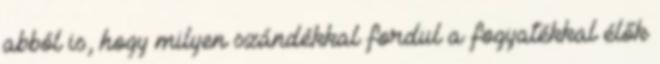
abból is, hogy milyen szándékkal fordul a fogyatékkal élők